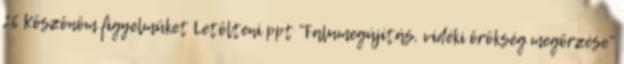
26 Köszönöm figyelmüket Letölteni ppt "Falumegújítás, vidéki örökség megőrzése"